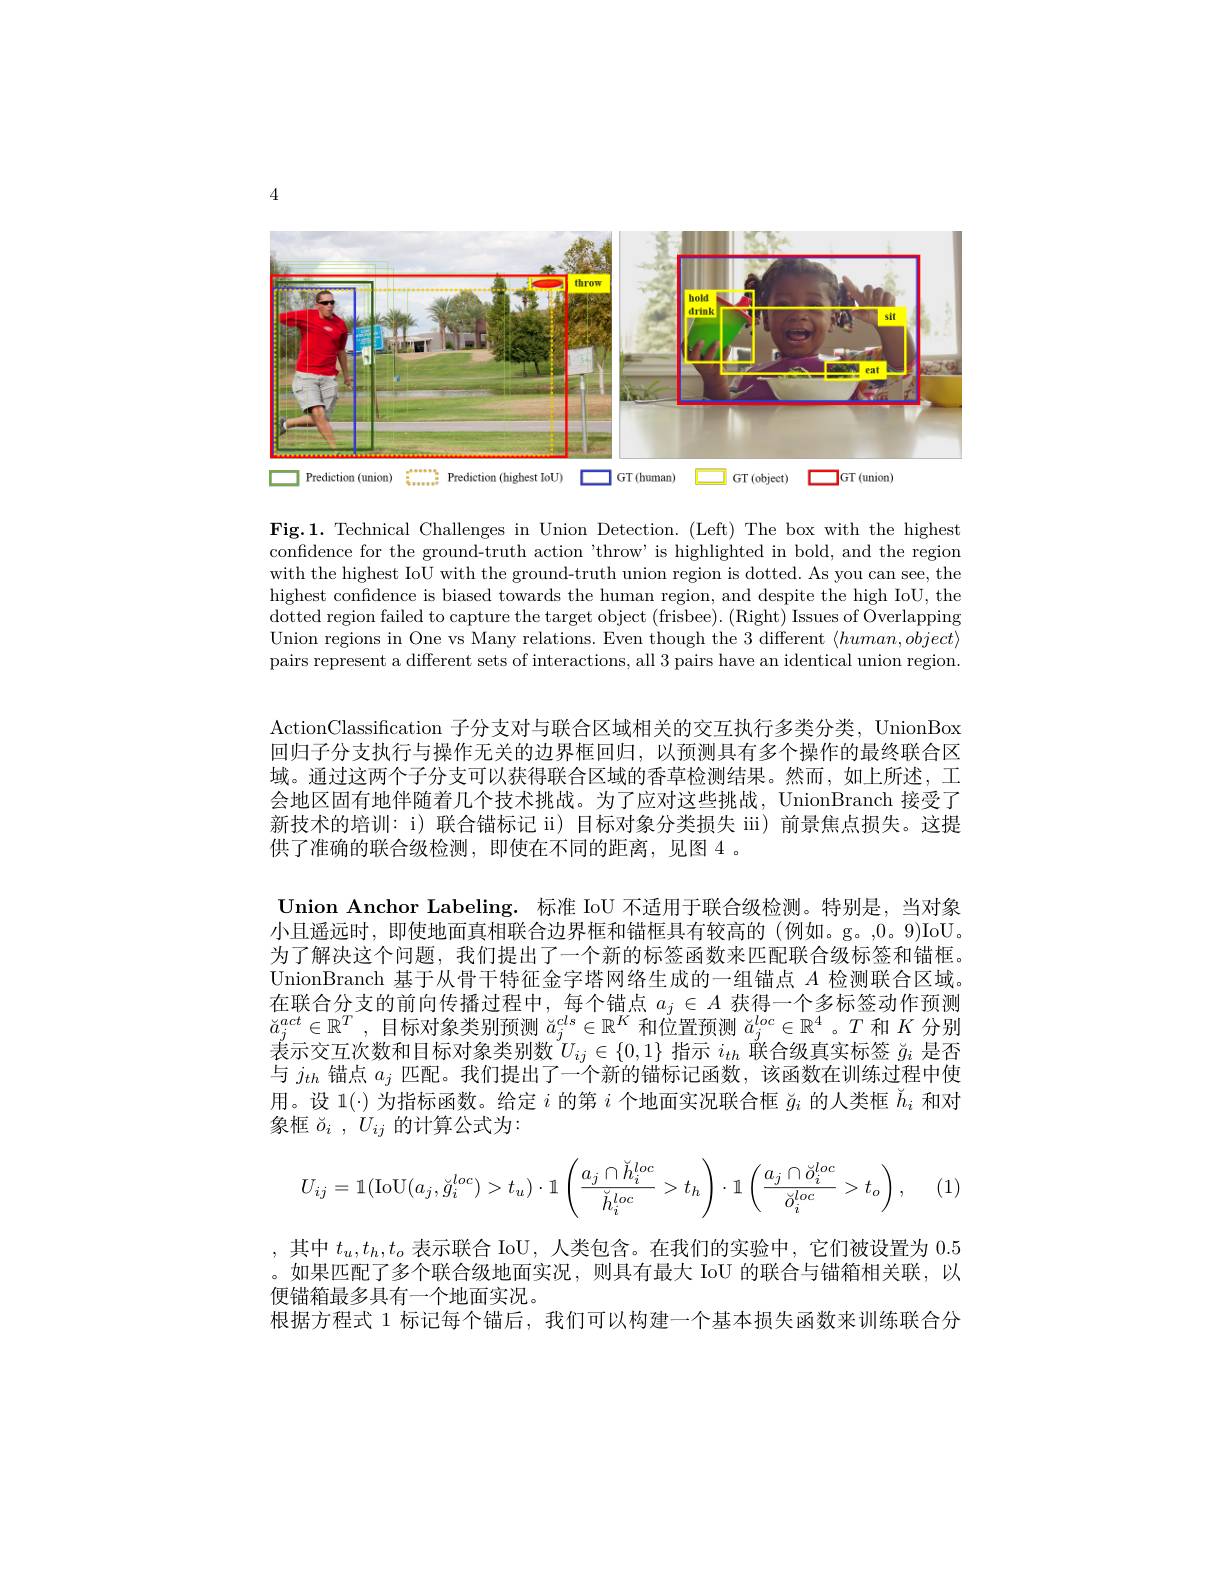
4

<FigureHere>

Fig.1. Technical Challenges in Union Detection. (Left) The box with the highest confidence for the ground-truth action 'throw' is highlighted in bold, and the region with the highest IoU with the ground-truth union region is dotted. As you can see, the highest confidence is biased towards the human region, and despite the high IoU, the dotted region failed to capture the target object (frisbee). (Right) Issues of Overlapping Union regions in One vs Many relations. Even though the 3 different $\langle human,object\rangle$ pairs represent a different sets of interactions, all 3 pairs have an identical union region.

ActionClassification 子分支对与联合区域相关的交互执行多类分类，UnionBox 回归子分支执行与操作无关的边界框回归，以预测具有多个操作的最终联合区域。通过这两个子分支可以获得联合区域的香草检测结果。然而，如上所述，工会地区固有地伴随着几个技术挑战。为了应对这些挑战，UnionBranch 接受了新技术的培训：i) 联合锚标记 ii) 目标对象分类损失 iii) 前景焦点损失。这提供了准确的联合级检测，即使在不同的距离，见图 4 。

Union Anchor Labeling. 标准 IoU 不适用于联合级检测。特别是，当对象小且遥远时，即使地面真相联合边界框和锚框具有较高的(例如。g。,0。9)IoU。为了解决这个问题，我们提出了一个新的标签函数来匹配联合级标签和锚框。UnionBranch 基于从骨干特征金字塔网络生成的一组锚点$A$检测联合区域。在联合分支的前向传播过程中，每个锚点$a_j\in A$获得一个多标签动作预测$\breve{a}_j^{act}\in\mathbb{R}^T$,目标对象类别预测$\check{a} _j^{cls}\in \mathbb{R} ^K$ 和 位 置 预 测 $\check{a} _j^{loc}\in \mathbb{R} ^4$ 。$T$和$K$分别表示交互次数和目标对象类别数$U_ij\in\{0,1\}$指示$i_th$联合级真实标签$\check{g}_i$是否与$j_{th}$锚点$a_j$匹配。我们提出了一个新的锚标记函数，该函数在训练过程中使用。设 1(·) 为指标函数。给定$i$的第$i$个地面实况联合框$\check{g}_i$的人类框$\check{h}_i$和对象框$\breve{o} _i$ , $U_{ij}$的计算公式为：
$$U_{ij}=\mathbb{1}(\mathrm{IoU}(a_j,\breve{g}_i^{loc})>t_u)\cdot\mathbb{1}\left(\frac{a_j\cap\breve{h}_i^{loc}}{\breve{h}_i^{loc}}>t_h\right)\cdot\mathbb{1}\left(\frac{a_j\cap\breve{o}_i^{loc}}{\breve{o}_i^{loc}}>t_o\right),$$
1

,其中$t_u,t_h,t_o$表示联合 IoU, 人类包含。在我们的实验中，它们被设置为0.5 。如果匹配了多个联合级地面实况，则具有最大 IoU 的联合与锚箱相关联，以便锚箱最多具有一个地面实况。
根据方程式 1 标记每个锚后，我们可以构建一个基本损失函数来训练联合分